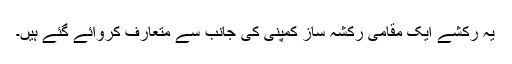
یہ رکشے ایک مقامی رکشہ ساز کمپنی کی جانب سے متعارف کروائے گئے ہیں۔